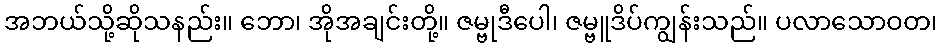
အဘယ်သို့ဆိုသနည်း။ ဘော၊ အိုအချင်းတို့။ ဇမ္ဗုဒီပေါ၊ ဇမ္ဗူဒိပ်ကျွန်းသည်။ ပလာသောဝတ၊